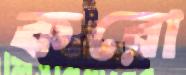
করো